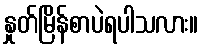
နှုတ်မြိန်စာပဲရပါသလား။